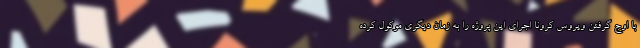
با اوج گرفتن ویروس کرونا اجرای این پروژه را به زمان دیگری موکول کرده